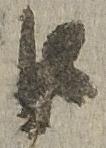
江